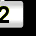
Digit: 2